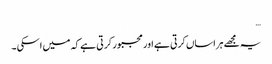
…
یہ مجھے ہراساں کرتی ہے اور مجبور کر تی ہے کہ میں اسکی ۔